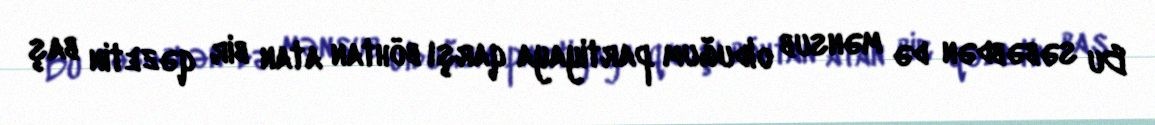
Bu səbəbdən də mənsub olduğum partiyaya qarşı böhtan atan bir qəzetin baş